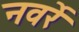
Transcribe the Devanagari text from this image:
नवर्रे